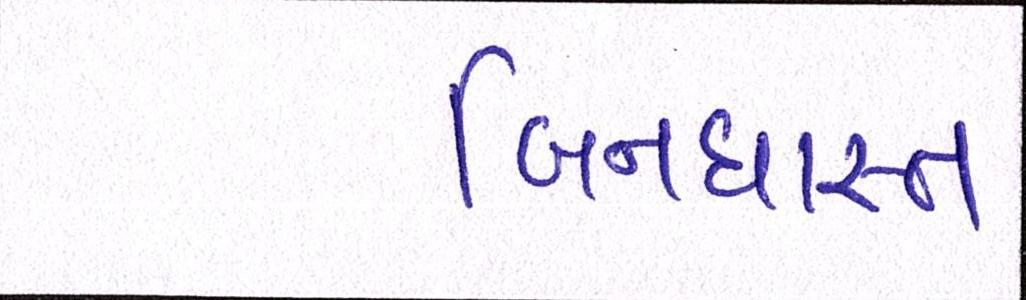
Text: બિનધાસ્ત